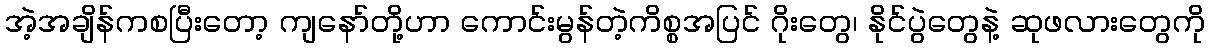
အဲ့အချိန်ကစပြီးတော့ ကျနော်တို့ဟာ ကောင်းမွန်တဲ့ကိစ္စအပြင် ဂိုးတွေ၊ နိုင်ပွဲတွေနဲ့ ဆုဖလားတွေကို